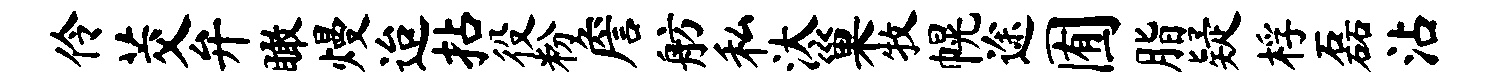
伶茭弁瞰熳迨拈役粉詹舫私汰巢牧幌途囿脂疑桴磊沾